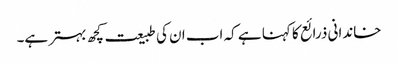
خاندانی ذرائع کا کہنا ہے کہ اب ان کی طبیعت کچھ بہتر ہے۔